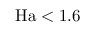
\mathrm { H a } < 1 . 6